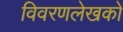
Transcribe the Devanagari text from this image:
विवरणलेखकों